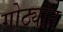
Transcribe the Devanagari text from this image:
गोठ्यांत